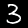
Label: 3